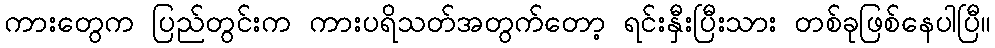
ကားတွေက ပြည်တွင်းက ကားပရိသတ်အတွက်တော့ ရင်းနှီးပြီးသား တစ်ခုဖြစ်နေပါပြီ။